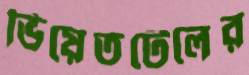
ভিয়েতটেলের